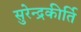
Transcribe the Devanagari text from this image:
सुरेन्द्रकीर्ति